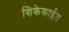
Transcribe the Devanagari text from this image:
शिकेकाईत